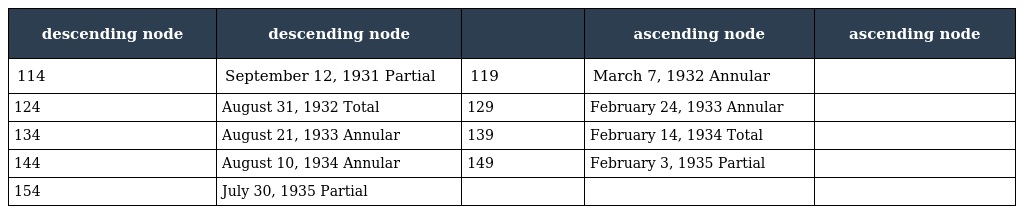
| descending node | descending node |  | ascending node | ascending node |
 | --- | --- | --- | --- | --- |
 | 114 | September 12, 1931 Partial | 119 | March 7, 1932 Annular |  |
 | 124 | August 31, 1932 Total | 129 | February 24, 1933 Annular |  |
 | 134 | August 21, 1933 Annular | 139 | February 14, 1934 Total |  |
 | 144 | August 10, 1934 Annular | 149 | February 3, 1935 Partial |  |
 | 154 | July 30, 1935 Partial |  |  |  |